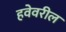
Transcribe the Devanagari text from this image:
हवेवरील